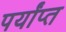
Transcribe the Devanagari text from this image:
पर्यांप्त